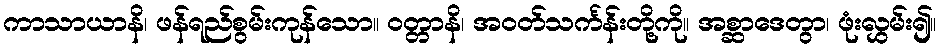
ကာသာယာနိ၊ ဖန်ရည်စွမ်းကုန်သော။ ဝတ္တာနိ၊ အဝတ်သင်္ကန်းတို့ကို။ အစ္ဆာဒေတွာ၊ ဖုံးလွှမ်း၍။